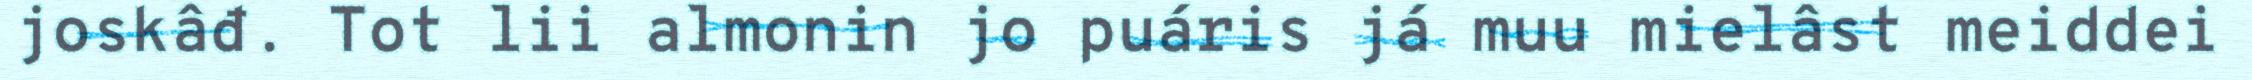
joskâđ. Tot lii almonin jo puáris já muu mielâst meiddei